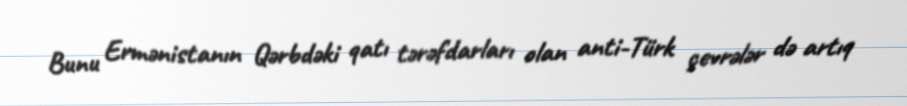
Bunu Ermənistanın Qərbdəki qatı tərəfdarları olan anti-Türk çevrələr də artıq